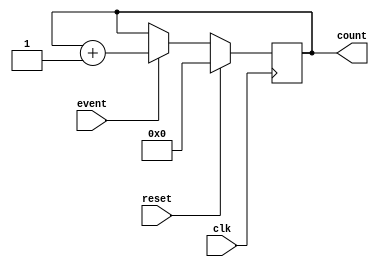
module Counter(
    input clk,
    input reset,
    input event,
    output reg [7:0] count
);

always @(posedge clk) begin
    if(reset) begin
        count <= 8'b0;
    end else if(event) begin
        count <= count + 1;
    end
end

endmodule